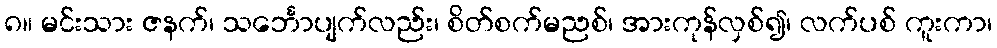
၈။ မင်းသား ဇနက်၊ သင်္ဘောပျက်လည်း၊ စိတ်စက်မညစ်၊ အားကုန်လှစ်၍၊ လက်ပစ် ကူးကာ၊